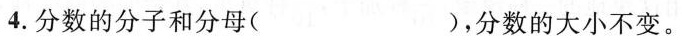
4. 分数的分子和分母 ( ) ，分数的大小不变。